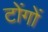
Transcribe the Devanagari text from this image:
टोंगों